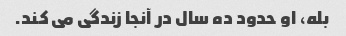
بله، او حدود ده سال در آنجا زندگی می کند.